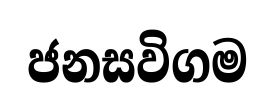
ජනසවිගම